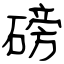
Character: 磅